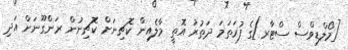
[މޯލްޑިވްސް ސްޓާރ]ގެ ފުރަތަމަ ދަތުރު އޮތީ މާލެއިން ކޮޗިނަށް ކޮޗިނުން ރަންގޫނަށް އަދި